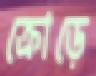
ক্রোড়ে